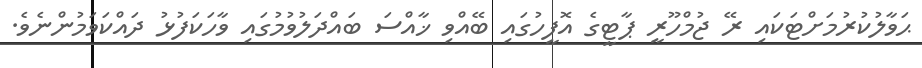
ޙަވާލުކުރުމަށްޓަކައި ރޭ ޖުމްހޫރީ ޕާޓީގެ އޮފީހުގައި ބޭއްވި ޚާއްސަ ބައްދަލުވުމުގައި ވާހަކަފުޅު ދައްކަވަމުންނެވެ.